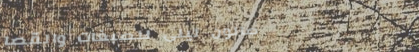
صالون ليلى للصبغات والقصا